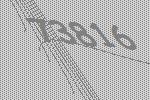
73816